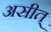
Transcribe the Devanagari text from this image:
असीत्